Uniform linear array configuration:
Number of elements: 32
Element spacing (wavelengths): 1
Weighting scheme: cosine
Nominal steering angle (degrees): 15
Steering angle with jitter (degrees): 16.494
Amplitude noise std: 0.05
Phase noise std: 0.05

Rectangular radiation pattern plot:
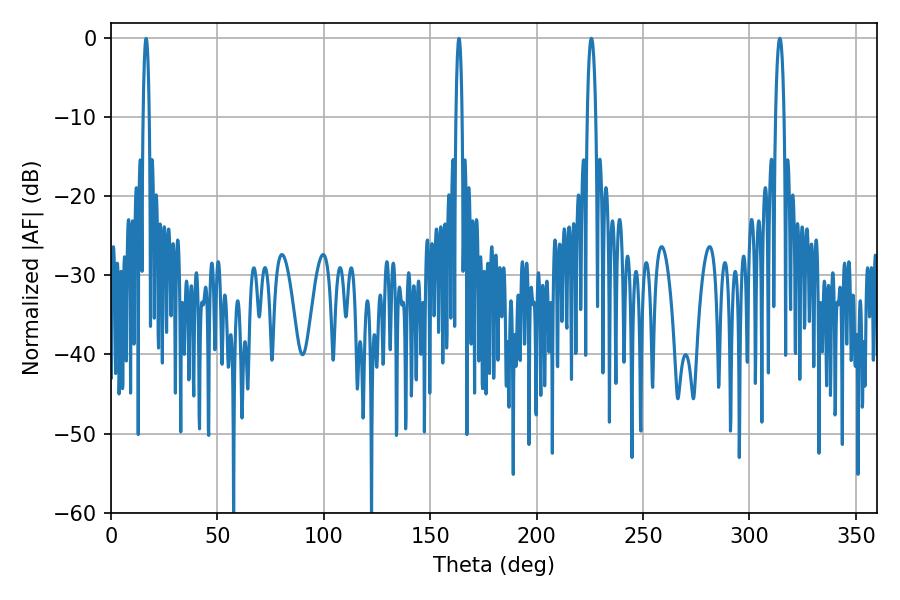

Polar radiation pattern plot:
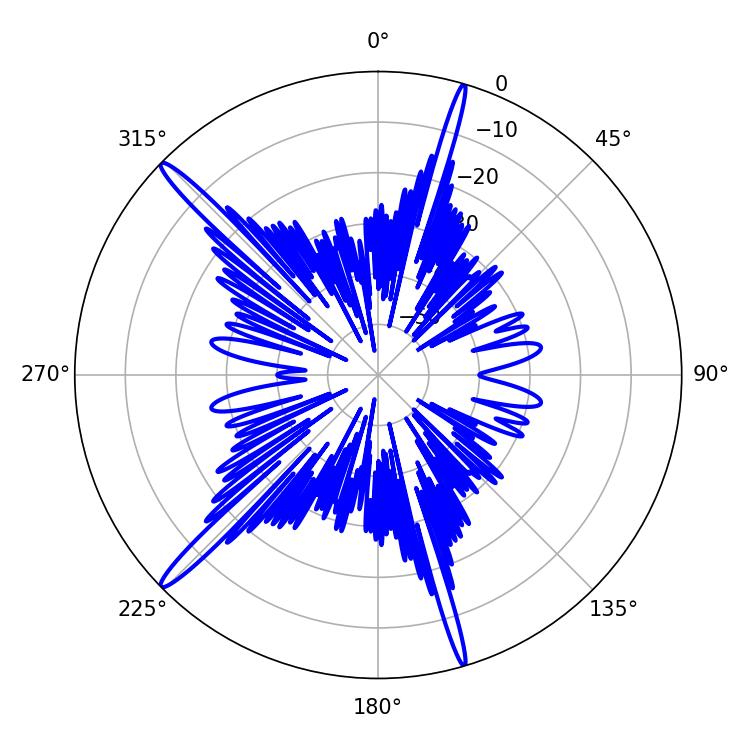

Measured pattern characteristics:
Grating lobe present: TRUE
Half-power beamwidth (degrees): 2.16
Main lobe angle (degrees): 314.28